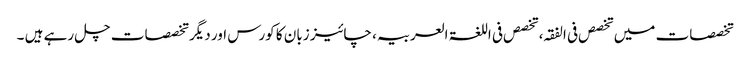
تخصصات میں تخصص فی الفقہ، تخصص فی اللغۃ العربیہ، چائیز زبان کا کورس اور دیگر تخصصات چل رہے ہیں ۔